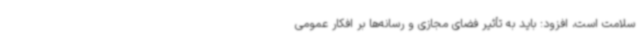
سلامت است، افزود: باید به تأثیر فضای مجازی و رسانه‌ها بر افکار عمومی